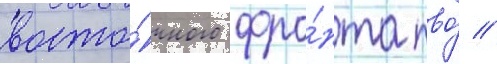
восто́чного фро́нта пво́ //